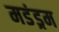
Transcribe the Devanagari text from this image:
मडंड्रम